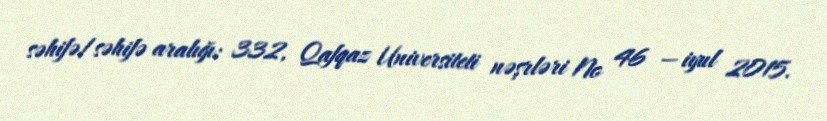
səhifə/səhifə aralığı: 332, Qafqaz Universiteti nəşrləri No 46 — iyul 2015.